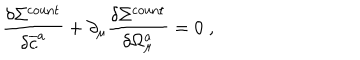
LaTeX: \frac { \delta \Sigma ^ { \mathrm { c o u n t } } } { \delta \overline { { { c } } } ^ { a } } + \partial _ { \mu } \frac { \delta \Sigma ^ { \mathrm { c o u n t } } } { \delta \Omega _ { \mu } ^ { a } } = 0 \; ,